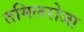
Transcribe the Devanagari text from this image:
तमिलरोजा